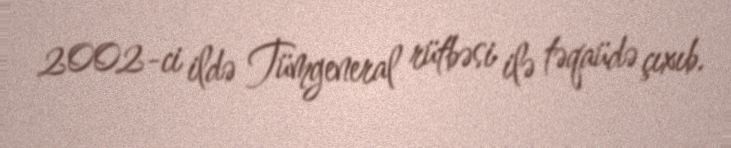
2002-ci ildə Tümgeneral rütbəsi ilə təqaüdə çıxıb.